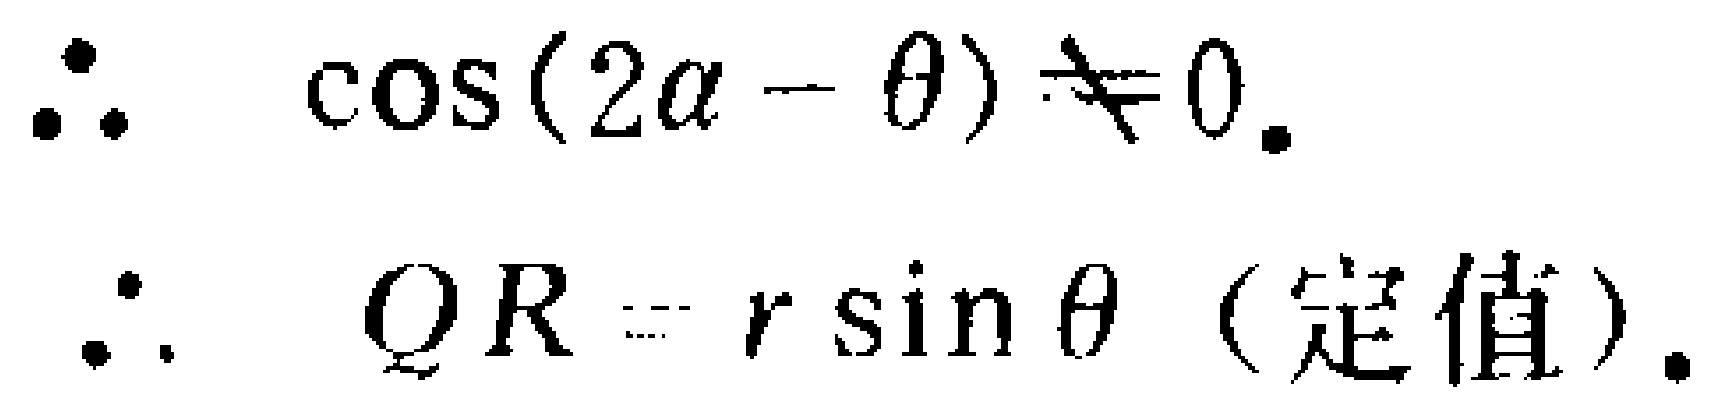
\[\begin{align*}

\therefore\quad &\cos(2\alpha - \theta)\neq 0.\\

\therefore\quad &QR = r\sin\theta\ (\text{定值}).

\end{align*}\]